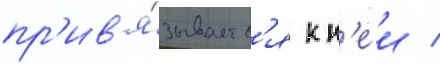
пр'ив'я́зываетс'я к н'еи /